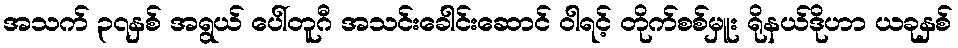
အသက် ၃၇နှစ် အရွယ် ပေါ်တူဂီ အသင်းခေါင်းဆောင် ဝါရင့် တိုက်စစ်မှူး ရိုနယ်ဒိုဟာ ယခုနှစ်